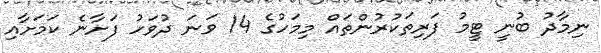
ނިމާދު ބުނީ ޓީމު ފަރިތަކުރުންތައް މިމަހުގެ 14 ވަނަ ދުވަހު ފަށާނެ ކަމަށާއި